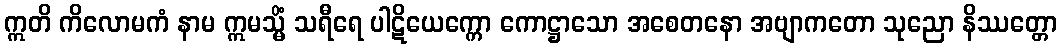
ဣတိ ကိလောမကံ နာမ ဣမသ္မိံ သရီရေ ပါဋိယေက္ကော ကောဋ္ဌာသော အစေတနော အဗျာကတော သုညော နိဿတ္တော